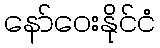
နော်ဝေးနိုင်ငံ